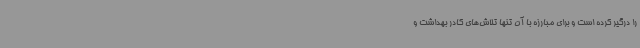
را درگیر کرده است و برای مبارزه با آن تنها تلاش‌های کادر بهداشت و